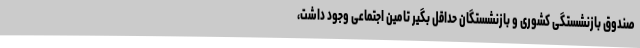
صندوق بازنشستگی کشوری و بازنشستگان حداقل بگیر تامین اجتماعی وجود داشت،